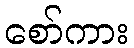
စော်ကား